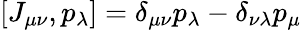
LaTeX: [J_{\mu\nu},p_{\lambda}]=\delta_{\mu\nu}p_{\lambda}-\delta_{\nu\lambda}p_{\mu}